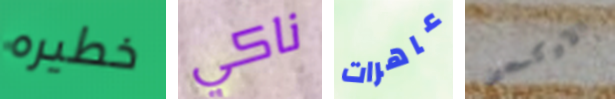
خطيره ناكي عاهرات الاوكسجين